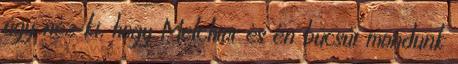
úgy néz ki, hogy Melchior és én búcsút mondunk